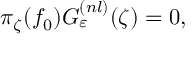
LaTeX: \pi _ { \zeta } ( f _ { 0 } ) G _ { \varepsilon } ^ { ( n l ) } ( \zeta ) = 0 ,